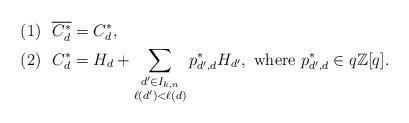
LaTeX: \begin{align*}(1) ~~\overline{C^*_{d}}&=C^*_{d},\\(2) ~~C^*_{d}&=H_{d}+\sum\limits_{\substack{d'\in I_{k,n} \\ \ell(d')<\ell(d)}}p^*_{d', d}H_{d'}, ~\mbox{where } p^*_{d', d}\in q\mathbb{Z}[q].\end{align*}